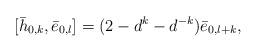
LaTeX: \begin{align*} [\bar{h}_{0,k}, \bar{e}_{0,l}]=(2-d^k-d^{-k})\bar{e}_{0,l+k},\end{align*}